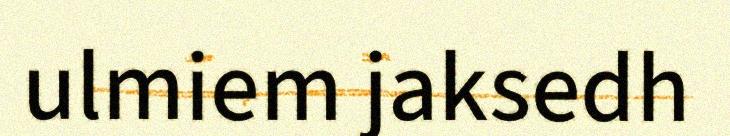
ulmiem jaksedh